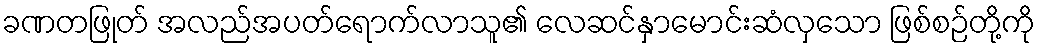
ခဏတဖြုတ် အလည်အပတ်ရောက်လာသူ၏ လေဆင်နှာမောင်းဆံလှသော ဖြစ်စဉ်တို့ကို